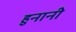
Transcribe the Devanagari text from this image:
हुनानी